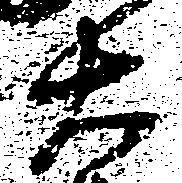
右